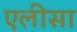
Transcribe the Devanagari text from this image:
एलीसा